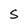
Character: S